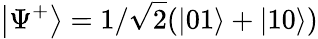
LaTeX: \left|\Psi^{+}\right\rangle=1/\sqrt{2}(|01\rangle+|10\rangle)